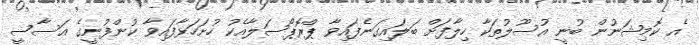
އެ ކޮމިޝަނުން ބުނީ އުސޫލުތަކާ ހިލާފަށް ބަލައިގަނެފައިވާ ޕްރޮޕޯސަލާއެކު ހުށަހަޅާފައިވާ ކުންފުނީގެ އަސާސީ